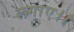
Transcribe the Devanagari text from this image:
लगाए।।